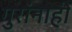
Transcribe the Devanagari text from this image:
गुरांनाही